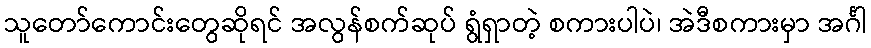
သူတော်ကောင်းတွေဆိုရင် အလွန်စက်ဆုပ် ရွံရှာတဲ့ စကားပါပဲ၊ အဲဒီစကားမှာ အင်္ဂါ